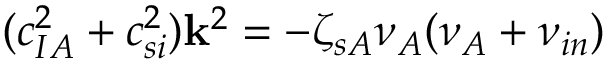
( c _ { I A } ^ { 2 } + c _ { s i } ^ { 2 } ) \mathbf { k } ^ { 2 } = - \zeta _ { s A } { \nu _ { A } } ( { \nu _ { A } } + { \nu _ { i n } } )